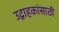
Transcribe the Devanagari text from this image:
उद्वाहकांसाठी